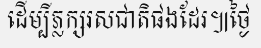
ដើម្បីភ្លក្សរសជាតិផងដែរ៕ថ្ងៃ